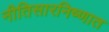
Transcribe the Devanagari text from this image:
नीतिसारनिष्णात